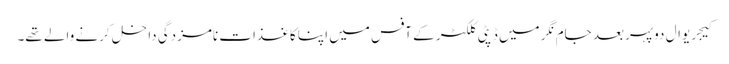
کیجریوال دوپہر بعد جام نگر میں ڈپٹی کلکٹر کے آفس میں اپنا کاغذات نامزدگی داخل کرنے والے تھے۔